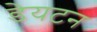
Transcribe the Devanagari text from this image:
डेयटन